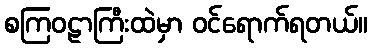
စကြဝဠာကြီးထဲမှာ ဝင်ရောက်ရတယ်။